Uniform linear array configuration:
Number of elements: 16
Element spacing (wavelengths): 0.25
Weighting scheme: hann
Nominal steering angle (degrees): -15
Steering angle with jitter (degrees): -16.673
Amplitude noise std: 0.05
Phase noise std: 0.05

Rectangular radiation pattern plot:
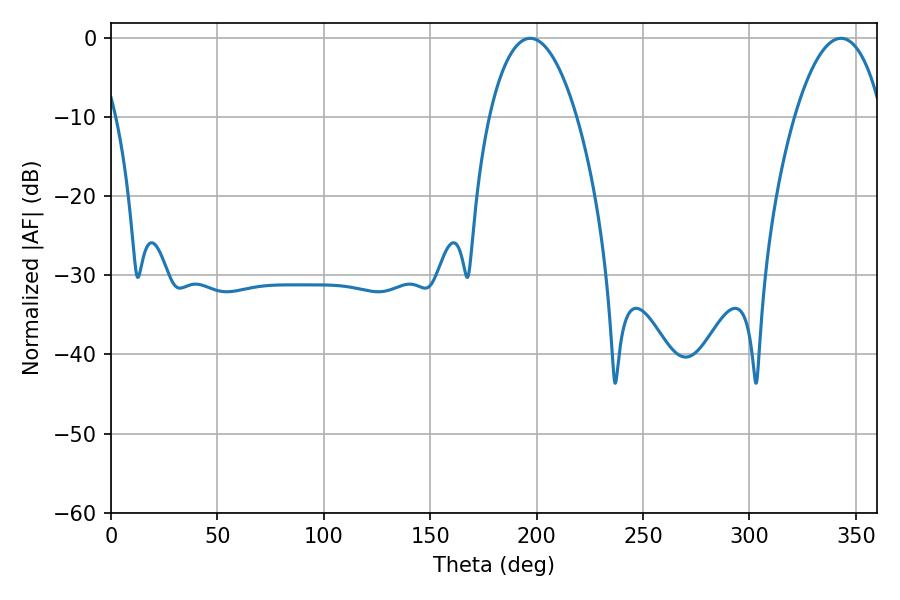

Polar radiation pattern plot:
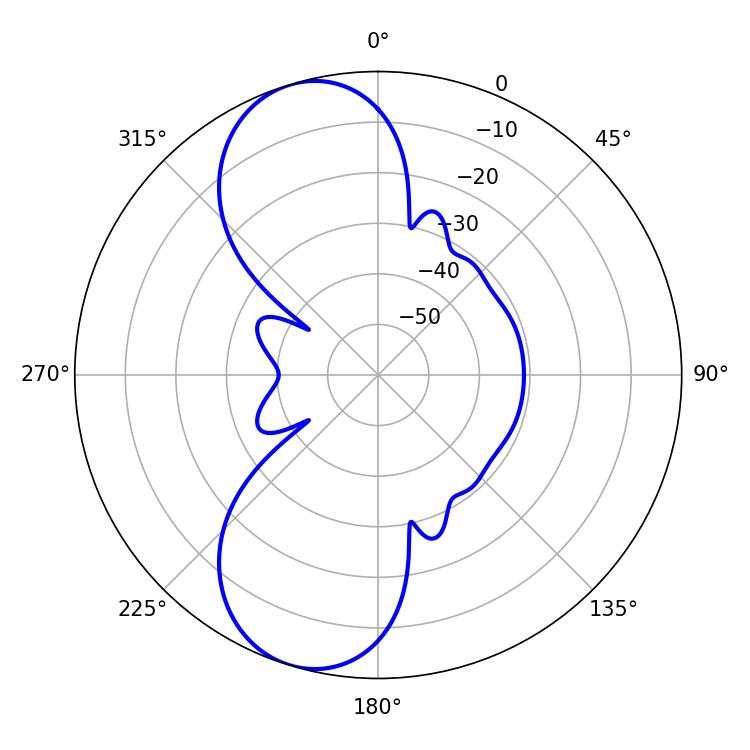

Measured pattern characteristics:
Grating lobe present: FALSE
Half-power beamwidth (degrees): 22.86
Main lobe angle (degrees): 196.92